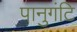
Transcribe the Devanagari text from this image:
पानुगंटि